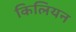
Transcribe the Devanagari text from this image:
किलियन